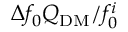
\Delta f _ { 0 } Q _ { \mathrm { D M } } / f _ { 0 } ^ { i }